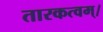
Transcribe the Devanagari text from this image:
तारकत्वम्।